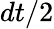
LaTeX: dt/2